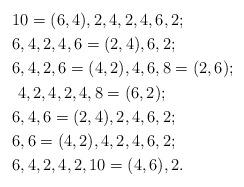
LaTeX: \begin{align*}&10=(6,4),2,4,2,4,6,2;\\&6,4,2,4,6=(2,4),6,2;\\&6,4,2,6=(4,2),4,6,8=(2,6);\\&\ 4,2,4,2,4,8=(6,2);\\&6,4,6=(2,4),2,4,6,2;\\&6,6=(4,2),4,2,4,6,2;\\&6,4,2,4,2,10=(4,6),2.\end{align*}